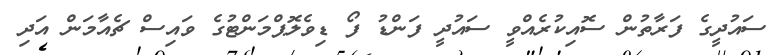
ސައުދީގެ ފަރާތުން ސޮއިކުރެއްވީ ސައުދީ ފަންޑު ފޯ ޑިވެލޮޕްމަންޓުގެ ވައިސް ޗެއާމަން އަދި